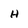
Character: H